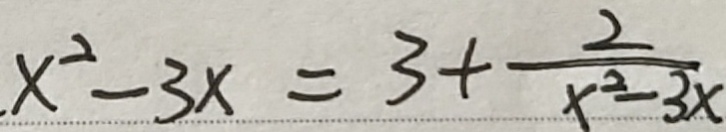
x ^ { 2 } - 3 x = 3 + \frac { 2 } { x ^ { 2 } - 3 x }